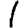
Digit: 1